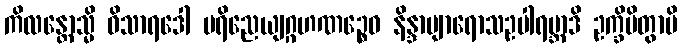
ကိလန္တောသ္မိ ဝိသာရဒေါ ပရိညေယျဂ္ဂဟဏဉ္စေဝ နိန္ဒာဗျာရောသဥပါရမ္ဘာဒိ ဥက္ခိပိတွာပိ